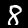
Digit: 8